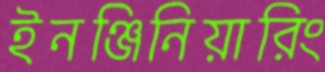
ইনঞ্জিনিয়ারিং